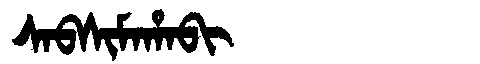
Manchu: ᠰᠠᠪᠰᡳᠮᠠᡥᠠᠪᡳ
Romanization: SABSIMAHABI